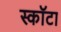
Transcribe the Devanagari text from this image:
स्कॉटा